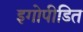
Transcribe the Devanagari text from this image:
इगोपीडित